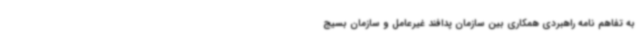
به تفاهم نامه راهبردی همکاری بین سازمان پدافند غیرعامل و سازمان بسیج